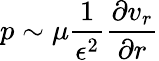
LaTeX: p\sim\mu\frac{1}{\epsilon^{2}}\frac{\partial v_{r}}{\partial r}